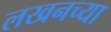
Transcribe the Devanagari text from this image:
लखनच्या